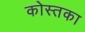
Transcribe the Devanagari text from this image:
कोस्तका